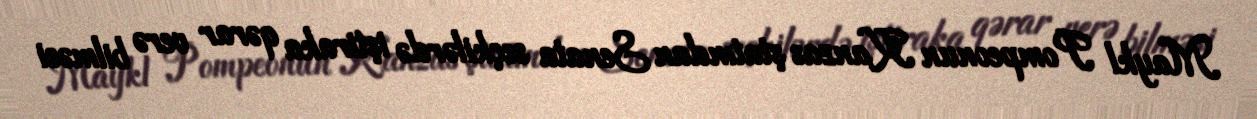
Maykl Pompeonun Kanzas ştatından Senata seçkilərdə iştiraka qərar verə bilməsi